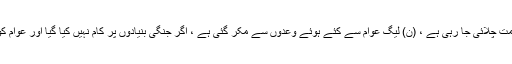
اپنے ایک بیان میں انہوں نے کہا کہ نئے نوٹ چھاپ کر حکومت چلائی جا رہی ہے ، (ن) لیگ عوام سے کئے ہوئے وعدوں سے مکر گئی ہے ، اگر جنگی بنیادوں پر کام نہیں کیا گیا اور عوام کو ریلیف نہیں دیا گیا تو حالات مزید خراب ہونے کا خطرہ ہے۔